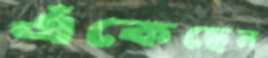
এঁকেছেন